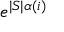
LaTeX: e ^ { | S | \alpha ( i ) }